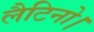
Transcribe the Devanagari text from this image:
लैटिनो।